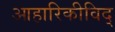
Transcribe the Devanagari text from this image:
आहारिकीविद्